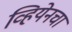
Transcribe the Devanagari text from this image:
व्हियेनचा